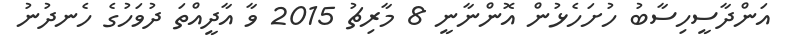
އަންދާސީހިސާބު ހުށަހެޅުން އޮންނާނީ 8 މާރިޗު 2015 ވާ އާދީއްތަ ދުވަހުގެ ހެނދުނު